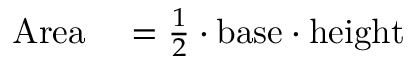
\begin{array} { r l } { { \mathrm { A r e a } } } & { { } { } = { \frac { 1 } { 2 } } \cdot { \mathrm { b a s e } } \cdot { \mathrm { h e i g h t } } } \end{array}